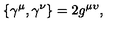
\{ \gamma ^ { \mu } , \gamma ^ { \nu } \} = 2 g ^ { \mu \upsilon } ,